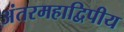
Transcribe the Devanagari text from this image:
अंतरमहाद्विपीय